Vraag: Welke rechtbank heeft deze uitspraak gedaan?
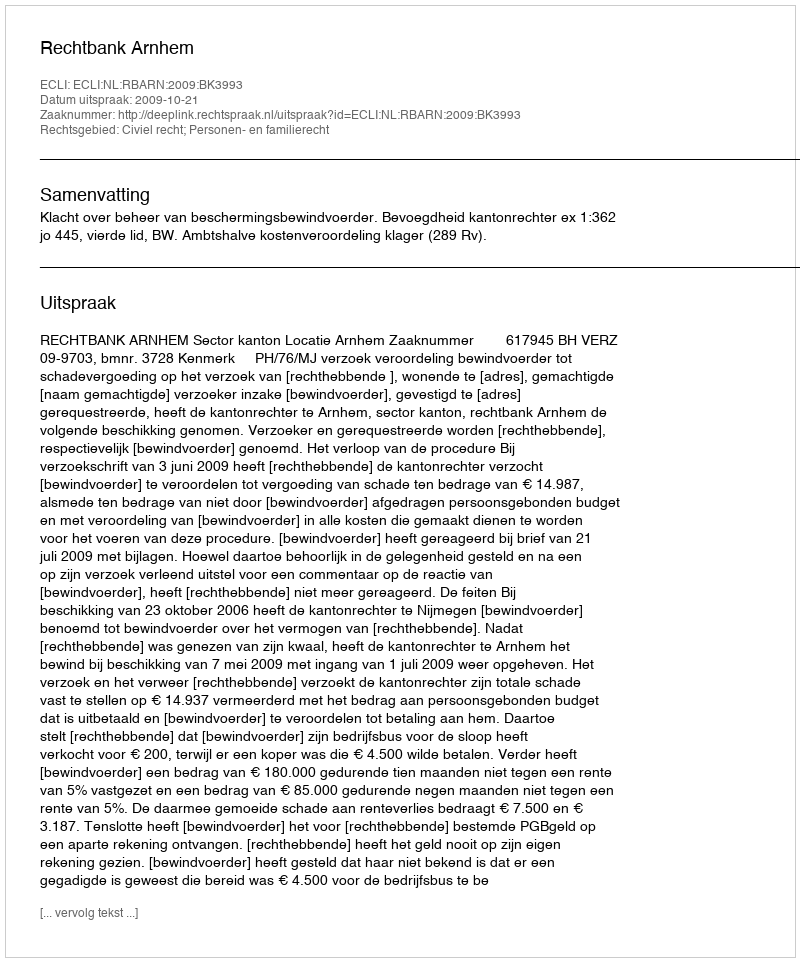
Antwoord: Rechtbank Arnhem